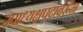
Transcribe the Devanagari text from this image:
उपाध्यक्षपदावरून